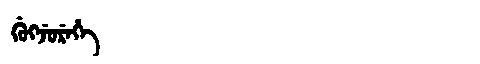
Manchu: ᡤᡠᡴᠵᡠᡵᡝᡥᡝ
Romanization: GUKJUREHE